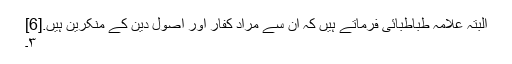
البتہ علامہ طباطبائی فرماتے ہیں کہ ان سے مراد کفار اور اصول دین کے منکرین ہیں.[6]
۳۔